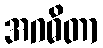
အဂဓိတာ